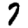
Digit: 7